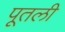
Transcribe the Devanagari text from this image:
पूतली